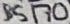
Text: BS170